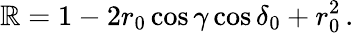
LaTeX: \mathbb{R}=1-2r_{0}\cos\gamma\cos\delta_{0}+r_{0}^{2}\, .